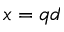
x = q d